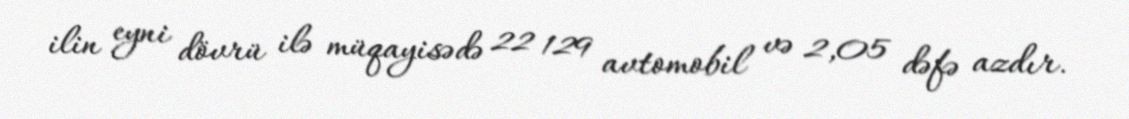
ilin eyni dövrü ilə müqayisədə 22 129 avtomobil və 2,05 dəfə azdır.